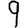
Digit: 9